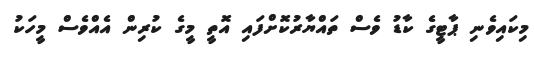
މިކައިވެނި ޕާޓީގެ ކާޑު ވެސް ތައްޔާރުކޮށްފައި އޮތީ މީގެ ކުރިން އެއްވެސް މީހަކު